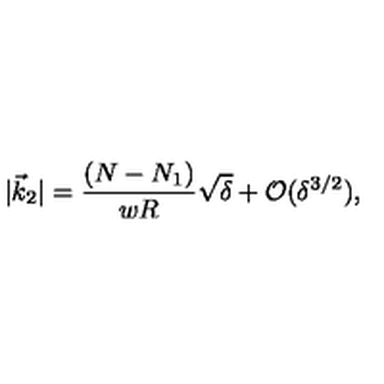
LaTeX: | \vec { k } _ { 2 } | = { \frac { ( N - N _ { 1 } ) } { w R } } \sqrt { \delta } + { \mathcal { O } } ( \delta ^ { 3 / 2 } ) ,